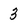
Character: 3